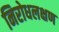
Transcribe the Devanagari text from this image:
निरोधलक्षण